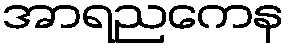
အာရညကေန